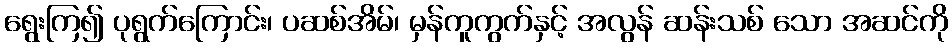
ရွေးကြ၍ ပုရွက်ကြောင်း၊ ပဆစ်အိမ်၊ မှန်ကူကွက်နှင့် အလွန် ဆန်းသစ် သော အဆင်ကို